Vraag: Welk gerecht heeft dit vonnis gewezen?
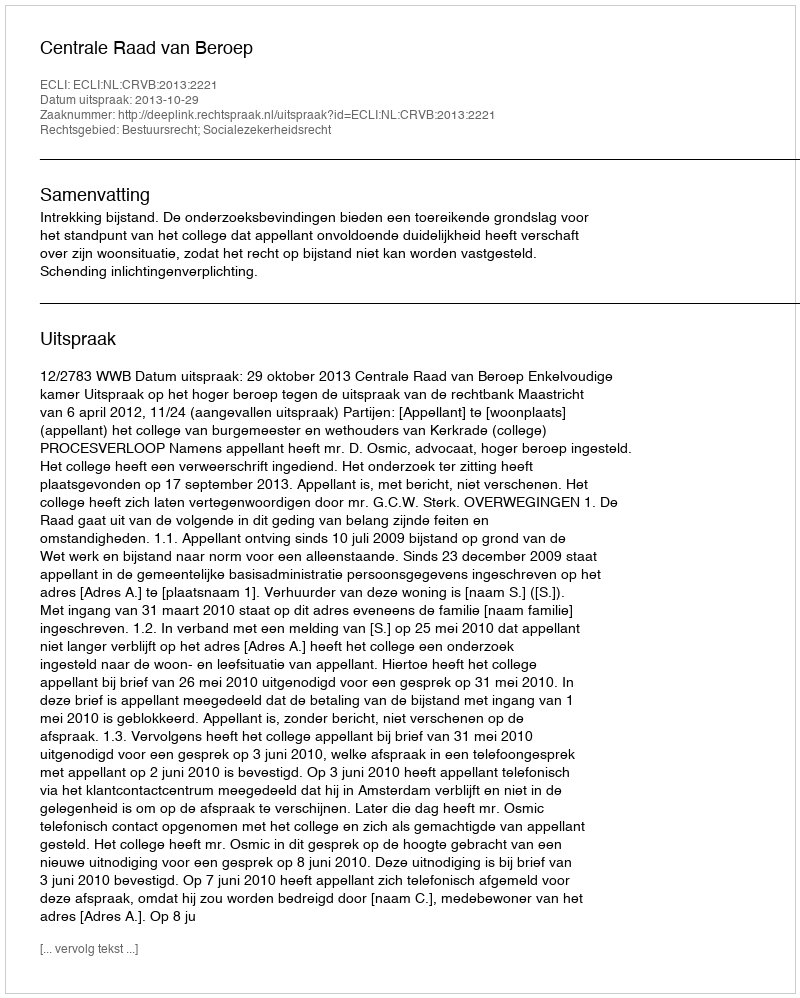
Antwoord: Centrale Raad van Beroep